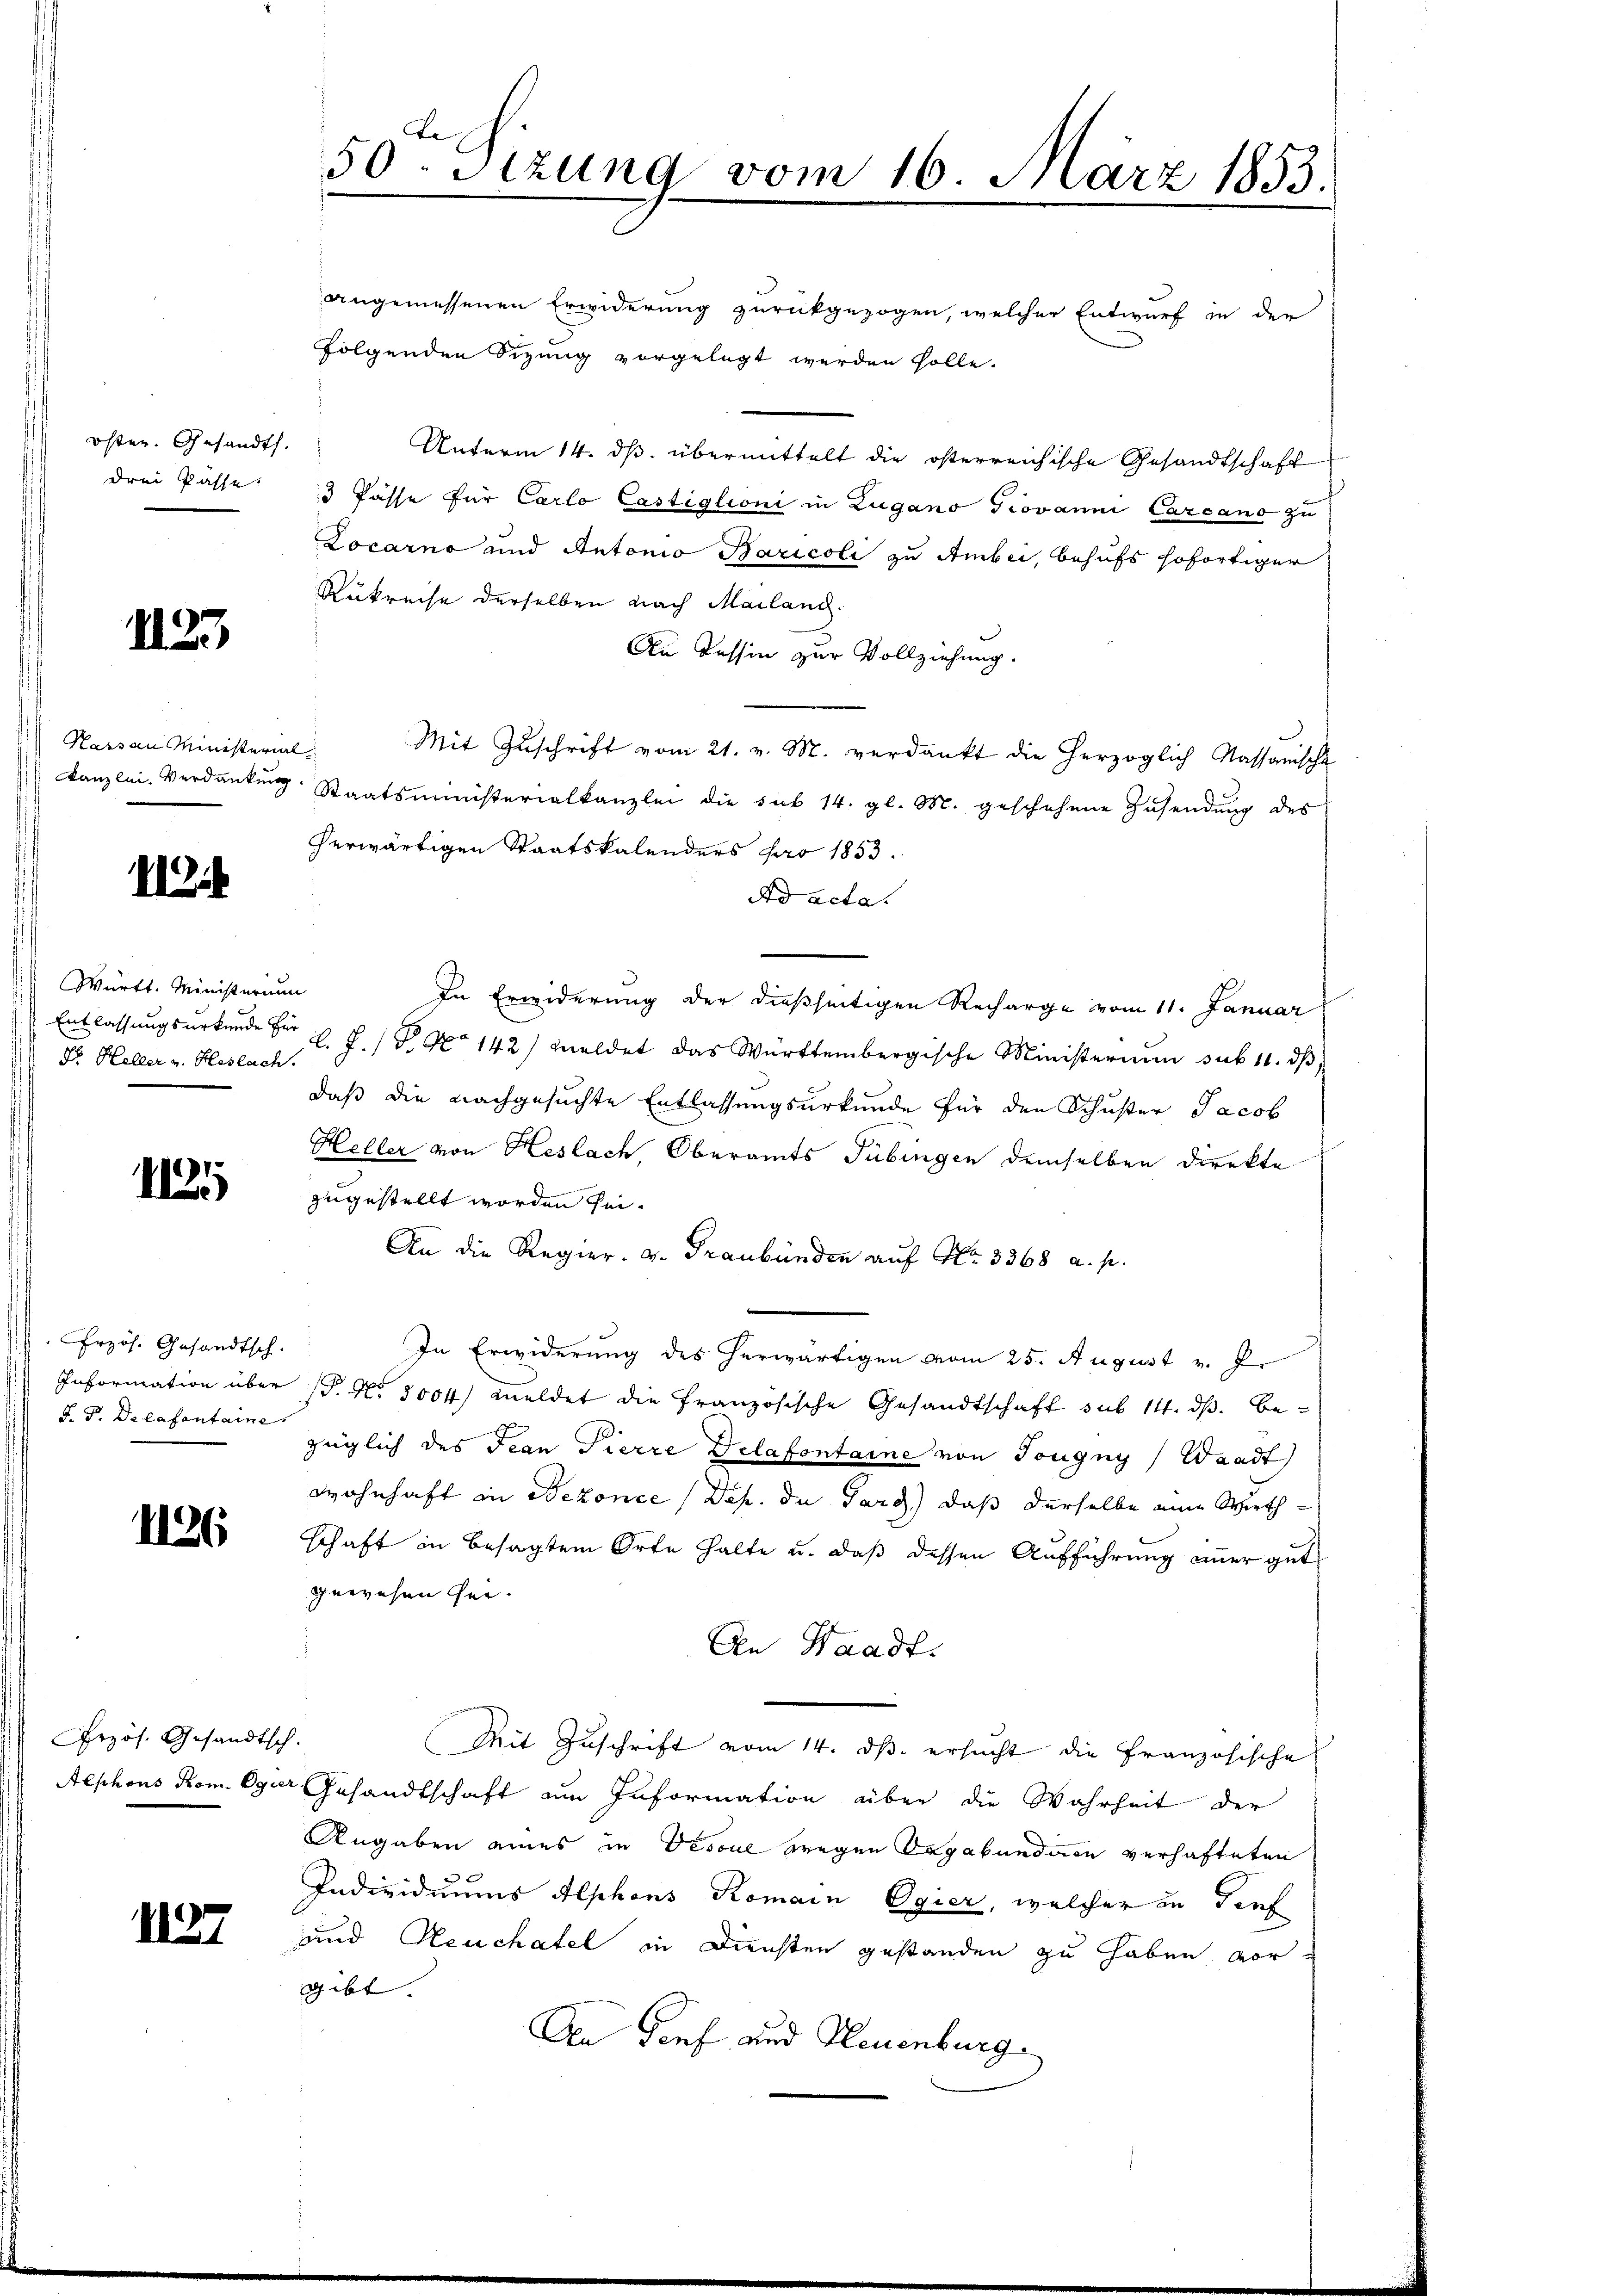
östen. Gesandt.
drei Kasse.

1125

Karsau Ministerial
Kanzlei Verdankung

I

Württ. Ministerium
Dr. Heller v. Haslach.

115

Erzös. Gesandtsch.
Information über
J. P. Delafantaine

1126

Przös. Gesandtsch.
Alphons Rom. Ogier

1137

50. Sitzung vom 16. März 1853.

angemessenen Erwiderung zurückgezogen, welcher Entwurf in der
folgenden Sizung vorgelegt werden solle.
Unterm 14. ds. übermittelt die österreichische Gesandtschaft
3 Pässe für Carlo Castiglioni in Zugano Giovanni Carcano zu
Locarno und Antonio Baricoli zu Ambei, behufs sofortiger
Rükreise derselben nach Mailand.
An Tessin zur Vollziehung.
Mit Zŭschrift vom 21. v. M. verdankt die herzoglich Massanische
Staatsministerialkanzlei die sub 14. gl. M. geschehene Zusendung des
herwärtigen Staatskalenders far 1853.
Ad acta.
In Erwiderung der dießseitigen Recharge vom 11. Januar
Entlassungsurkunde der l. J. P. No 142) meldet das Württembergische Ministerium sub 11. dβ
daß die nachgesuchte Entlassungsurkunde für den Schuster Jacob
Heller von Heslach, Oberamts Tübingen demselben direkte
zugestellt worden sei.
An die Regier. v. Graubünden auf Nr. 3368 a. p.
In Erwiderung des herwärtigen vom 25. August v. J.
P. No 3004) meldet die Französische Gesandtschaft sub 14. ds. bezüglich des Jean Pierre Delafontaine von Tougny (Waadt
Wohnhaft in Oekonce (Dep. di Parg) daß derselbe eine Wirthschaft in besagten Orte halte u. daß dessen Aufführung immer gut
gewesen sei.
An Waadt.
Mit Zuschrift vom 14. ds. ersucht die Französische
Gesandtschaft am Information über die Wahrheit der
Angaben eines in Descul wegen Vagabunden verhafteten
Individuums Alphons Romain Egier, welcher in dies
und Neuchatel in Diensten gestanden zu haben vor
gibt. |
An Tief und Neuenburg